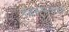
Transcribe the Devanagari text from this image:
विरूपताएँ